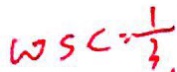
\cos C = \frac { 1 } { 3 }